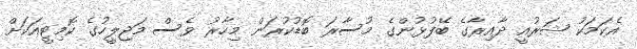
އެކަމަކު ޝަރުއީ ދާއިރާގެ ބޭފުޅުންގެ މުސާރަ ބޮޑުކުރަން މިހާރު ވެސް މަޖިލީހުގެ ކޮމިޓީއަކަށް